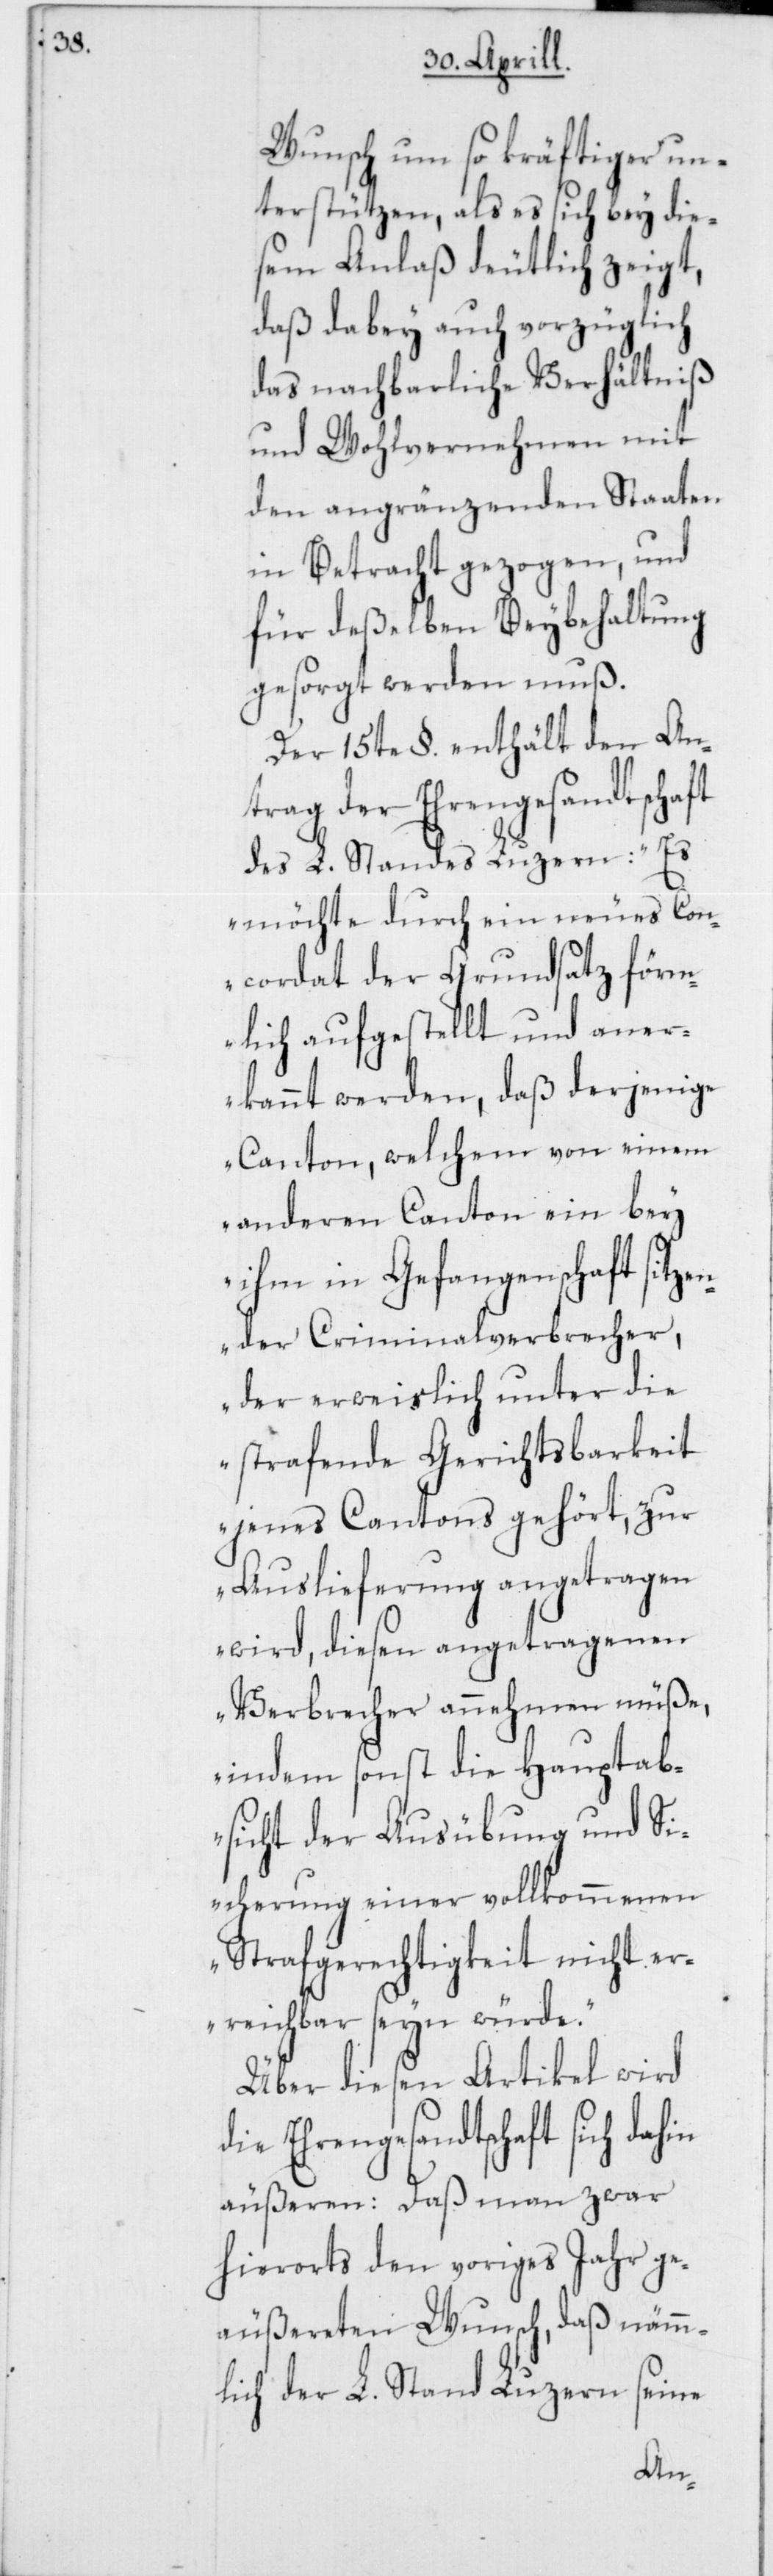
Wunsch um so kräftiger un¬
terstützen, als es sich bey die¬
sem Anlaß deutlich zeigt,
daß dabey auch vorzüglich
das nachbarliche Verhältniß
und Wohlvernehmen mit
den angränzenden Staaten
in Betracht gezogen, und
für deßelben Beybehaltung
gesorgt werden muß.
Der 15te §. enthält den An¬
trag der Ehrengesandtschaft
des L. Standes Luzern: „Es
möchte durch ein neues Con¬
cordat der Grundsatz förm¬
lich aufgestellt und aner¬
kannt werden, daß derjenige
Canton, welchem von einem
anderen Canton ein bey
ihm in Gefangenschaft sitze¬
nder Criminalverbrecher,
der erweislich unter die
strafende Gerichtsbarkeit
jenes Cantons gehört, zur
Auslieferung angetragen
wird, diesen angetragenen
Verbrecher annehmen müße,
indem sonst die Hauptab¬
sicht der Ausübung und Si¬
cherung einer vollkommenen
Strafgerechtigkeit nicht er¬
reichbar seyn würde.“
Über diesen Artikel wird
die Ehrengesandtschaft sich dahin
äußeren: Daß man zwar
hierorts den voriges Jahr ge¬
äußereten Wunsch, daß nämm¬
lich der L. Stand Luzern seine